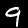
Label: 9